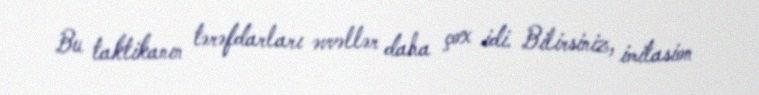
Bu taktikanın tərəfdarları əvvəllər daha çox idi. Bilirsiniz, imitasion